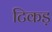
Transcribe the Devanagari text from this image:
टिकड़